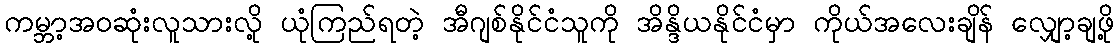
ကမ္ဘာ့အဝဆုံးလူသားလို့ ယုံကြည်ရတဲ့ အီဂျစ်နိုင်ငံသူကို အိန္ဒိယနိုင်ငံမှာ ကိုယ်အလေးချိန် လျှော့ချဖို့